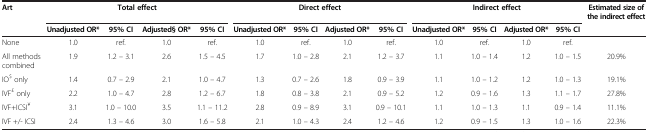
<table><thead><tr><td><b>Art</b></td><td colspan="4"><b>Total effect</b></td><td colspan="4"><b>Direct effect</b></td><td colspan="4"><b>Indirect effect</b></td><td><b>Estimated size of the indirect effect</b></td></tr><tr><td><b> </b></td><td><b>Unadjusted OR*</b></td><td><b>95% CI</b></td><td><b>Adjusted§ OR*</b></td><td><b>95% CI</b></td><td><b>Unadjusted OR*</b></td><td><b>95% CI</b></td><td><b>Adjusted OR*</b></td><td><b>95% CI</b></td><td><b>Unadjusted OR*</b></td><td><b>95% CI</b></td><td><b>Adjusted OR*</b></td><td><b>95% CI</b></td><td><b> </b></td></tr></thead><tbody><tr><td>None</td><td>1.0</td><td>ref.</td><td>1.0</td><td>ref.</td><td>1.0</td><td>ref.</td><td>1.0</td><td>ref.</td><td>1.0</td><td>ref.</td><td>1.0</td><td>ref.</td><td> </td></tr><tr><td>All methods combined</td><td>1.9</td><td>1.2 – 3.1</td><td>2.6</td><td>1.5 – 4.5</td><td>1.7</td><td>1.0 – 2.8</td><td>2.1</td><td>1.2 – 3.7</td><td>1.1</td><td>1.0 – 1.4</td><td>1.2</td><td>1.0 – 1.5</td><td>20.9%</td></tr><tr><td>IO<sup>$</sup> only</td><td>1.4</td><td>0.7 – 2.9</td><td>2.1</td><td>1.0 – 4.7</td><td>1.3</td><td>0.7 – 2.6</td><td>1.8</td><td>0.9 – 3.9</td><td>1.1</td><td>1.0 – 1.2</td><td>1.2</td><td>1.0 – 1.3</td><td>19.1%</td></tr><tr><td>IVF<sup>£</sup> only</td><td>2.2</td><td>1.0 – 4.7</td><td>2.8</td><td>1.2 – 6.7</td><td>1.8</td><td>0.8 – 3.8</td><td>2.1</td><td>0.9 – 5.2</td><td>1.2</td><td>0.9 – 1.6</td><td>1.3</td><td>1.1 – 1.7</td><td>27.8%</td></tr><tr><td>IVF+ICSI<sup>¥</sup></td><td>3.1</td><td>1.0 – 10.0</td><td>3.5</td><td>1.1 – 11.2</td><td>2.8</td><td>0.9 – 8.9</td><td>3.1</td><td>0.9 – 10.1</td><td>1.1</td><td>1.0 – 1.3</td><td>1.1</td><td>0.9 – 1.4</td><td>11.1%</td></tr><tr><td>IVF +/- ICSI</td><td>2.4</td><td>1.3 – 4.6</td><td>3.0</td><td>1.6 – 5.8</td><td>2.1</td><td>1.0 – 4.3</td><td>2.4</td><td>1.2 – 4.6</td><td>1.2</td><td>0.9 – 1.5</td><td>1.3</td><td>1.0 – 1.6</td><td>22.3%</td></tr></tbody></table>